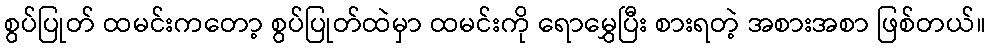
စွပ်ပြုတ် ထမင်းကတော့ စွပ်ပြုတ်ထဲမှာ ထမင်းကို ရောမွှေပြီး စားရတဲ့ အစားအစာ ဖြစ်တယ်။